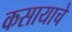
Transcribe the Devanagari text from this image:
कसायाचे